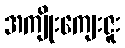
အကျိုးကျေးဇူး